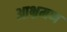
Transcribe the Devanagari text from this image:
आभ्रमण